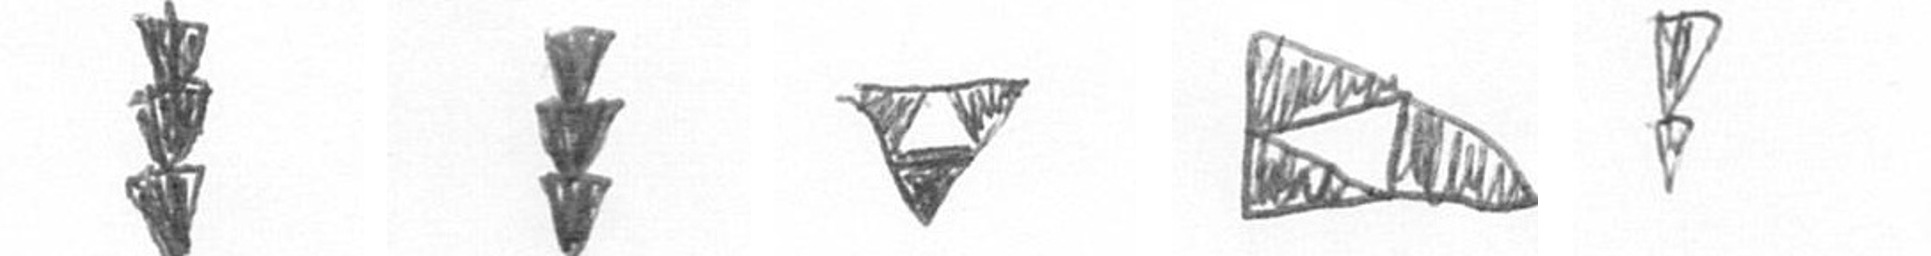
E E S K Z